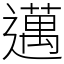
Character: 邁